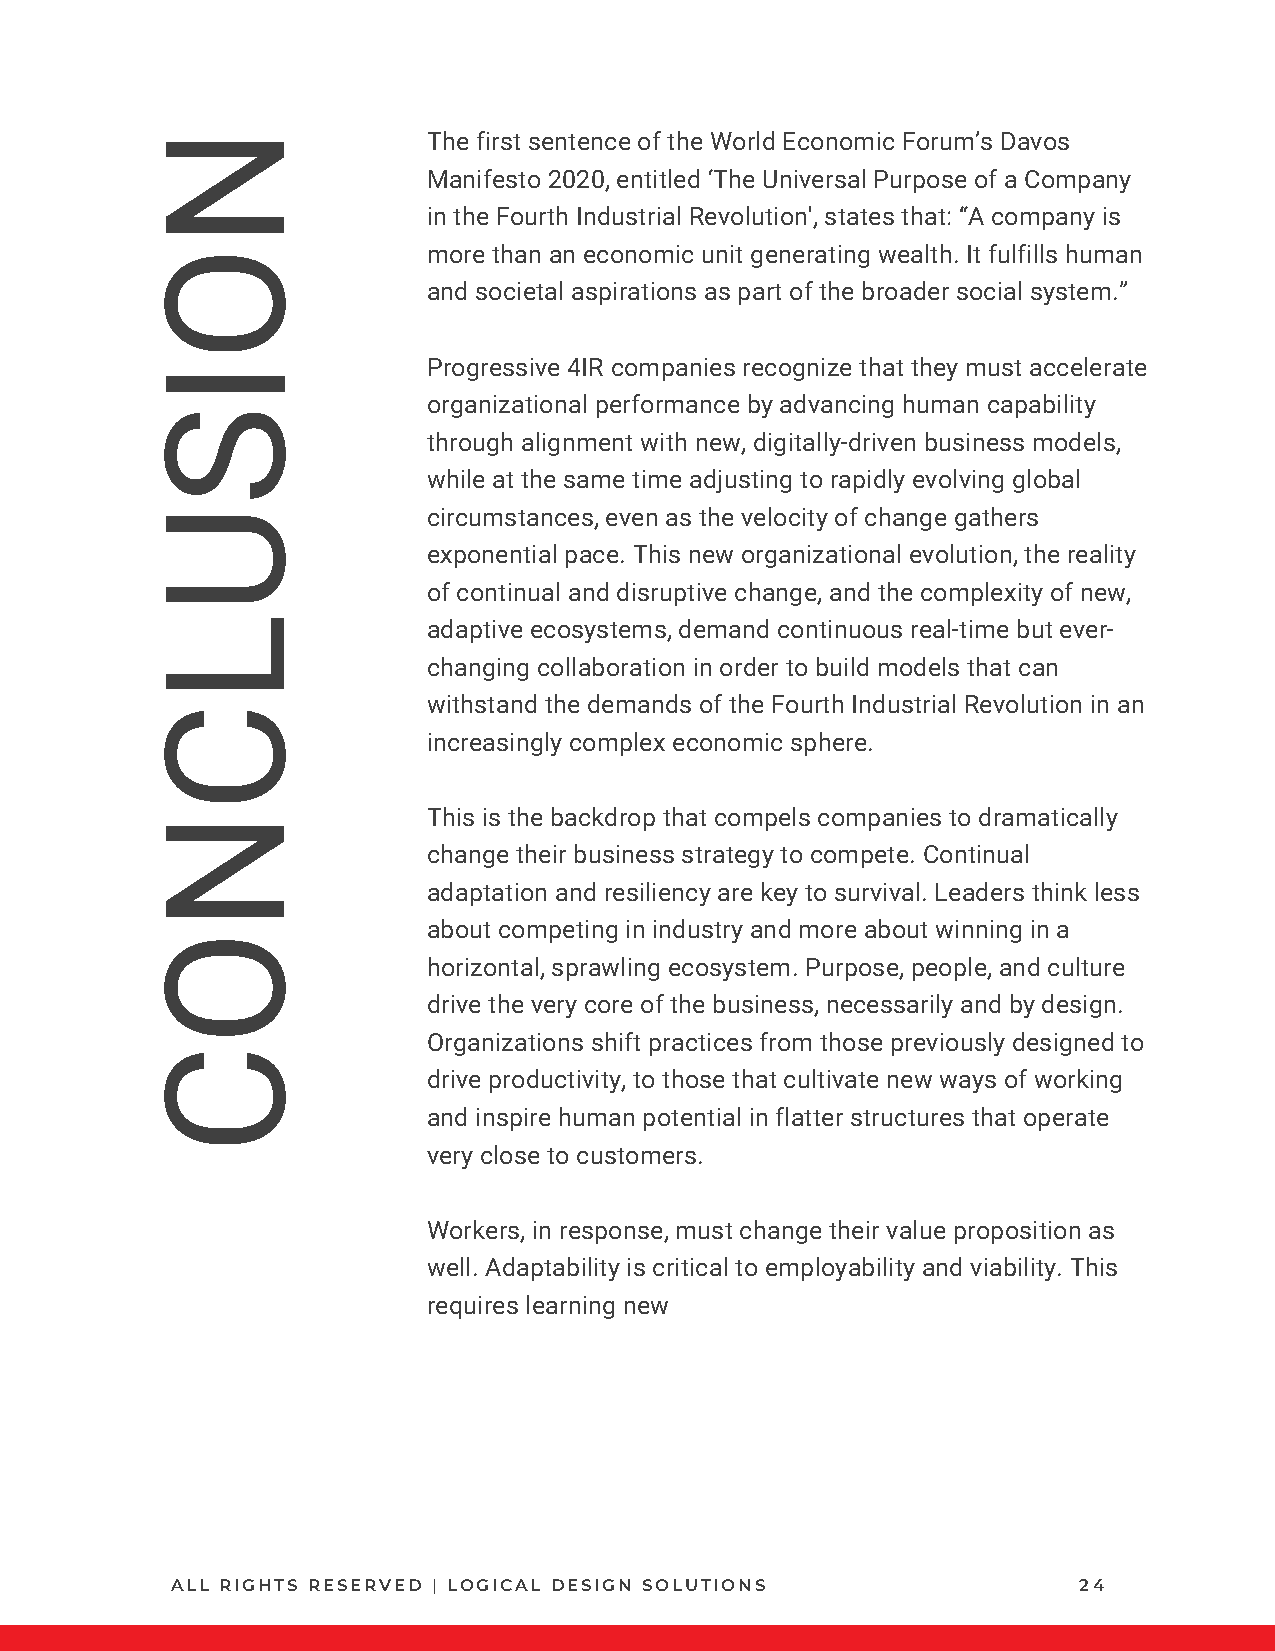
N                 The first sentence of the World Economic Forum’s Davos
 Manifesto 2020, entitled ‘The Universal Purpose of a Company
 in the Fourth Industrial Revolution', states that: “A company is
 O                 more than an economic unit generating wealth. It fulfills human
 and societal aspirations as part of the broader social system.”
 I                 Progressive 4IR companies recognize that they must accelerate
 organizational performance by advancing human capability
 S
 through alignment with new, digitally-driven business models,
 while at the same time adjusting to rapidly evolving global
 U                 circumstances, even as the velocity of change gathers
 exponential pace. This new organizational evolution, the reality
 of continual and disruptive change, and the complexity of new,
 L                 adaptive ecosystems, demand continuous real-time but ever-
 changing collaboration in order to build models that can
 withstand the demands of the Fourth Industrial Revolution in an
 C
 increasingly complex economic sphere.
 N                 This is the backdrop that compels companies to dramatically
 change their business strategy to compete. Continual
 adaptation and resiliency are key to survival. Leaders think less
 about competing in industry and more about winning in a
 O
 horizontal, sprawling ecosystem. Purpose, people, and culture
 drive the very core of the business, necessarily and by design.
 Organizations shift practices from those previously designed to
 C
 drive productivity, to those that cultivate new ways of working
 and inspire human potential in flatter structures that operate
 very close to customers.
 Workers, in response, must change their value proposition as
 well. Adaptability is critical to employability and viability. This
 requires learning new
 ALL RIGHTS RESERVED | LOGICAL DESIGN SOLUTIONS              24